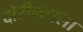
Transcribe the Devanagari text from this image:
दोरीमधला